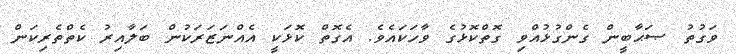
ވަގުތު ޞަޙާބީން ގެންގުޅުއްވި ގޮތްކޮޅުގެ ވާހަކައެވެ. އެގޮތް ކޮޅަކީ އެއްނަޒަރަކުން ބަލާއިރު ކެތްތެރިކަން